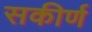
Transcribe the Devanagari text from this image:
सकीर्ण